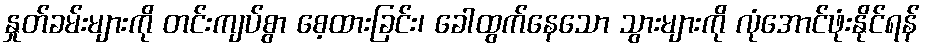
နှုတ်ခမ်းများကို တင်းကျပ်စွာ စေ့ထားခြင်း၊ ခေါထွက်နေသော သွားများကို လုံအောင်ဖုံးနိုင်ရန်